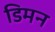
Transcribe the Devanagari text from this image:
डिमन